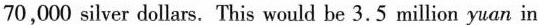
70,000 silver dollars. This would be 3.5 million yuan in